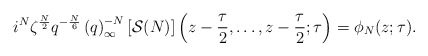
\begin{align*}i^N\zeta^{\frac{N}{2}}q^{-\frac{N}{6}}\left(q\right)_\infty^{-N} [\mathcal S(N)]\left(z-\frac{\tau}{2},\dots,z-\frac{\tau}{2};\tau\right) = \phi_N(z;\tau).\end{align*}